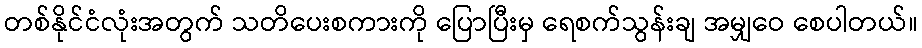
တစ်နိုင်ငံလုံးအတွက် သတိပေးစကားကို ပြောပြီးမှ ရေစက်သွန်းချ အမျှဝေ စေပါတယ်။